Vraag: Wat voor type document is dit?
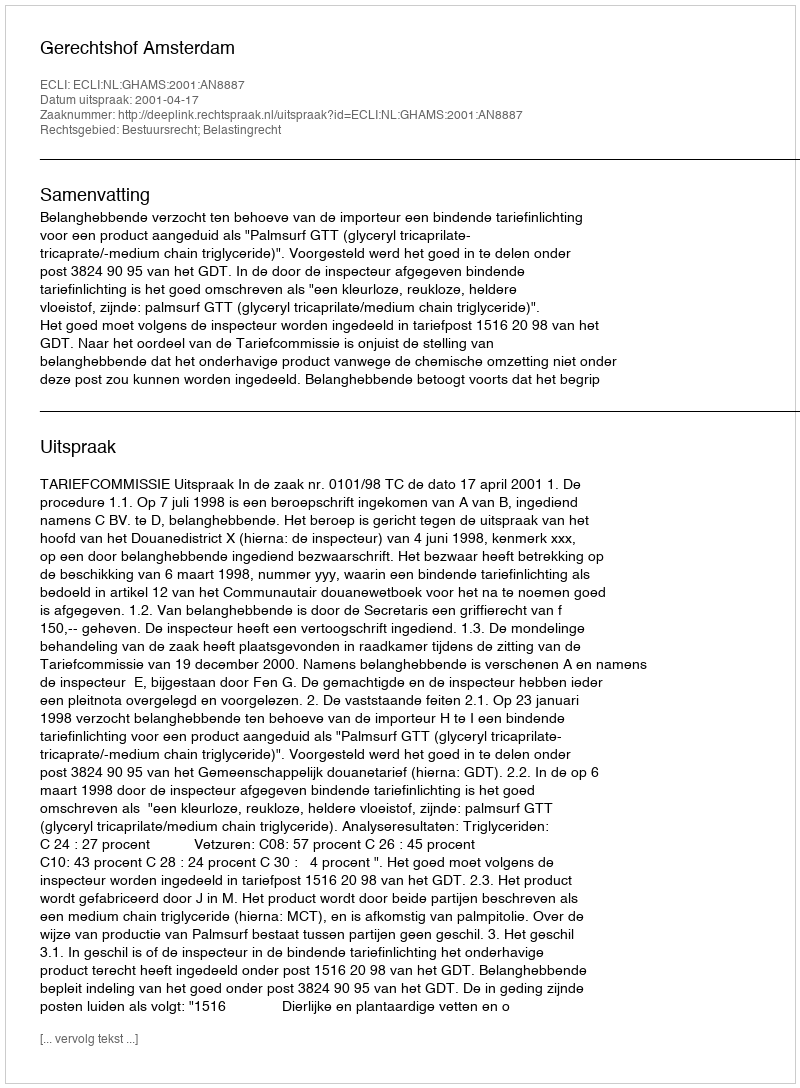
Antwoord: Uitspraak